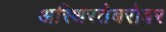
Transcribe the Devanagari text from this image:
अस्थिरतेबरोबर